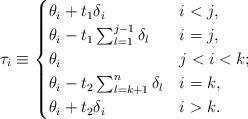
LaTeX: \begin{align*}\tau_i \equiv \begin{cases} \theta_i + t_1 \delta_i & i< j,\\\theta_i - t_1 \sum_{l=1}^{j-1} \delta_l & i=j,\\\theta_i & j<i<k;\\\theta_i - t_2 \sum_{l=k+1}^n \delta_l & i=k,\\\theta_i + t_2 \delta_i & i> k.\end{cases}\end{align*}